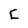
Character: C